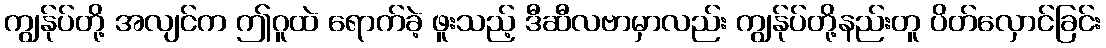
ကျွန်ုပ်တို့ အလျင်က ဤဂူထဲ ရောက်ခဲ့ ဖူးသည့် ဒီဆီလဗာမှာလည်း ကျွန်ုပ်တို့နည်းတူ ပိတ်လှောင်ခြင်း